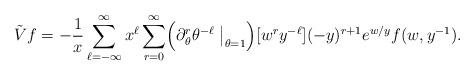
LaTeX: \begin{align*}\tilde Vf=-\dfrac{1}{x}\sum_{\ell =-\infty}^\infty x^{\ell} \sum_{r=0}^\infty\Bigl(\partial_\theta^r\theta^{-\ell}\bigm|_{\theta=1}\Bigr)[w^r y^{-\ell }](-y)^{r+1} e^{w/y} f(w,y^{-1}).\end{align*}